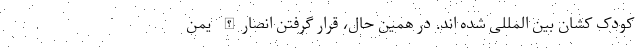
کودک کشان بین المللی شده اند. در همین حال، قرار گرفتن انصارالله یمن